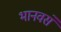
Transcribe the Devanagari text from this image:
भानवसे